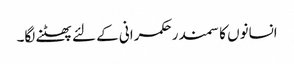
انسانوں کا سمندر حکمرانی کے لئے پھٹنے لگا۔